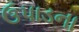
ઉપાડના